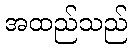
အထည်သည်